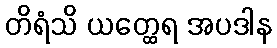
တိရံသိ ယတ္ထေရ အပဒါန